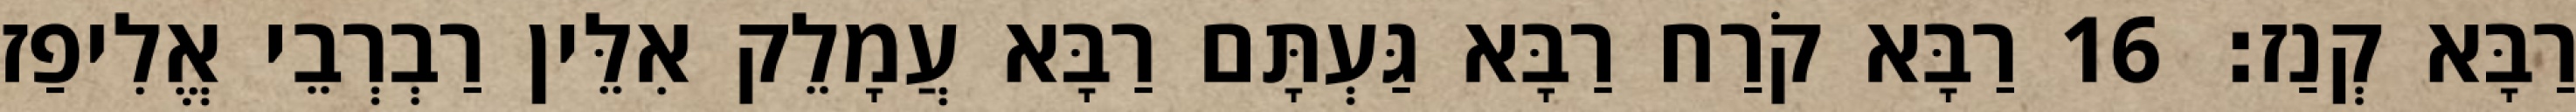
רַבָּא קְנַז׃ 16 רַבָּא קֹרַח רַבָּא גַּעְתָּם רַבָּא עֲמָלֵק אִלֵּין רַבְרְבֵי אֱלִיפַז